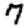
Digit: 7